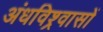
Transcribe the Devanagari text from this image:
अंधविश्र्वासों